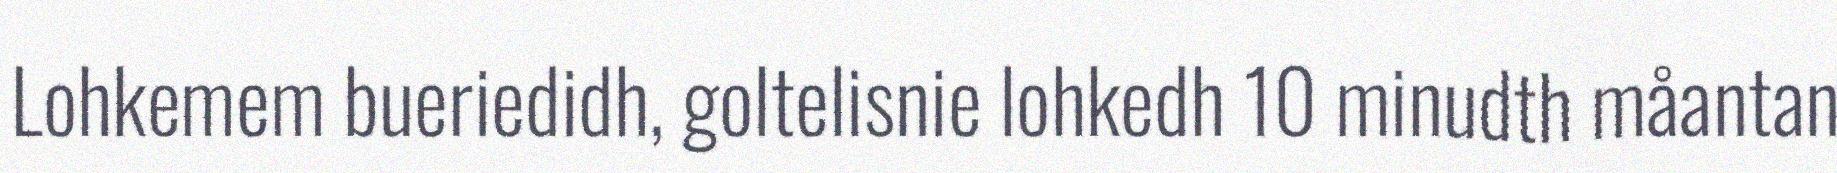
Lohkemem bueriedidh, goltelisnie lohkedh 10 minudth måantan